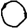
Digit: 0